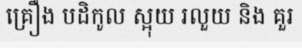
គ្រឿង បដិកូល ស្អុយ រលួយ និង គួរ